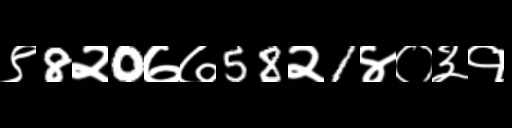
Text: ९8२0७७58२1४०३१